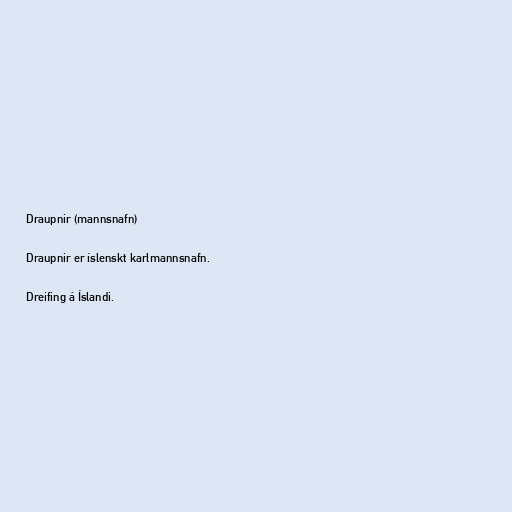
Draupnir (mannsnafn)

Draupnir er íslenskt karlmannsnafn.

Dreifing á Íslandi.